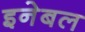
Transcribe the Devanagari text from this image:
इनेबल